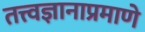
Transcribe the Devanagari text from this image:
तत्त्वज्ञानाप्रमाणे